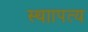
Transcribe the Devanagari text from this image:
स्थाापत्य